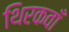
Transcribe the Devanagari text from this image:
थिरकवाँ